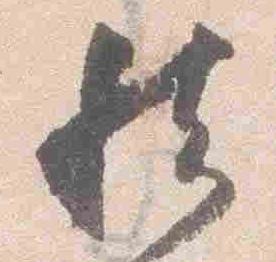
然